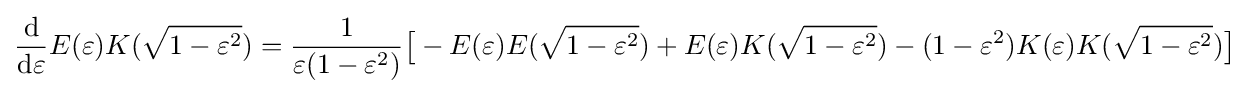
{\frac {\mathrm {d} }{\mathrm {d} \varepsilon }}E(\varepsilon )K({\sqrt {1-\varepsilon ^{2}}})={\frac {1}{\varepsilon (1-\varepsilon ^{2})}}{\bigl [}-E(\varepsilon )E({\sqrt {1-\varepsilon ^{2}}})+E(\varepsilon )K({\sqrt {1-\varepsilon ^{2}}})-(1-\varepsilon ^{2})K(\varepsilon )K({\sqrt {1-\varepsilon ^{2}}}){\bigr ]}